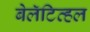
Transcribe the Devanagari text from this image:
बेलॅटिव्हल